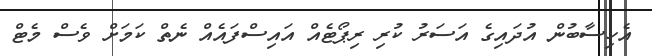
އެހިސާބުން އުދައިގެ އަސަރު ކުރި ރިޕޯޓެއް އައިސްފައެއް ނެތް ކަމަށް ވެސް މެޓް